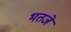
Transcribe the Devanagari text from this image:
भतजे